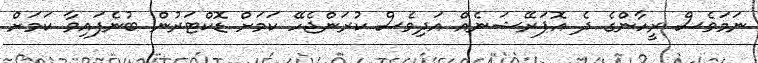
ނަމަވެސް ރީހާންގެ ދެ އޮޕަރޭޝަނެއް އަދިވެސް ކުރަންޖެހޭ ކަމަށް ޑޮކްޓަރުން ބުނެފައިވާ ކަމަށް